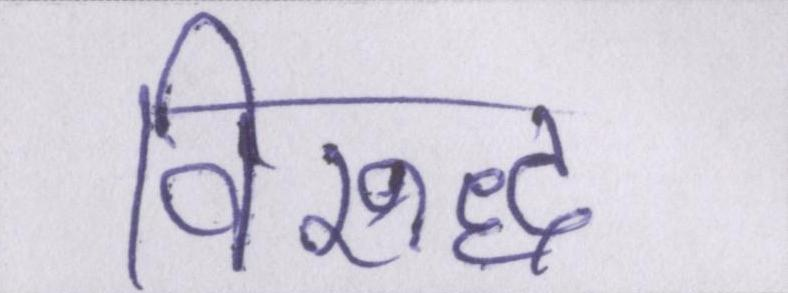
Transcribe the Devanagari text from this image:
विरूद्ध